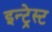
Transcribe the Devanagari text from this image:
इन्ट्रेस्ट